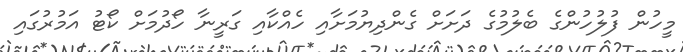
މީހުން ފުލުހުންގެ ބެލުމުގެ ދަށަށް ގެންދިޔުމަށާއި ހެއްކާއި ގަރީނާ ހޯދުމަށް ކޯޓު އަމުރުގައި